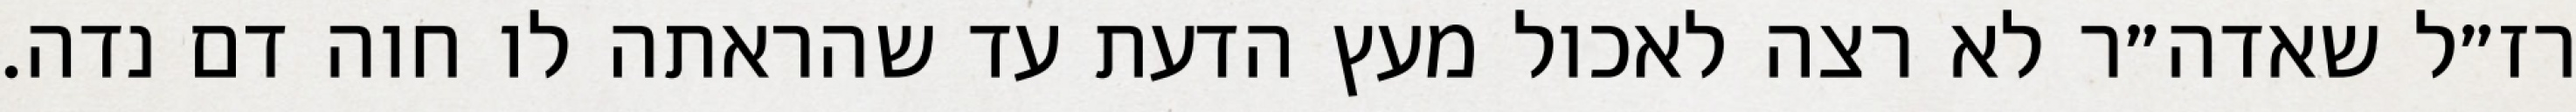
רז״ל שאדה״ר לא רצה לאכול מעץ הדעת עד שהראתה לו חוה דם נדה.